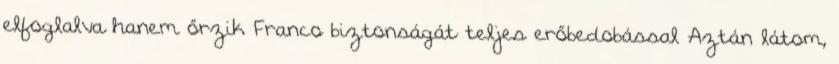
elfoglalva hanem őrzik Franco biztonságát teljes erőbedobással Aztán látom,